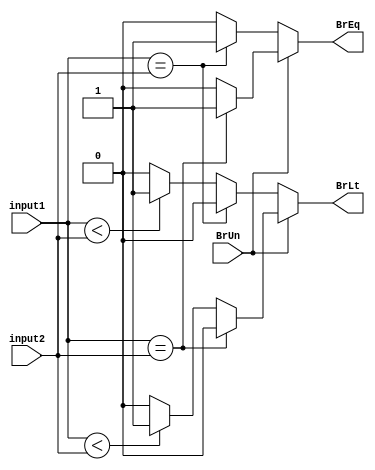
`timescale 1ns / 1ps
//////////////////////////////////////////////////////////////////////////////////
// Company: 
// Engineer: 
// 
// Design Name: 
// Module Name:    branch_comparator 
// Project Name: 
// Target Devices: 
// Tool versions: 
// Description: 
//
// Dependencies: 
//
// Revision: 
// Revision 0.01 - File Created
// Additional Comments: 
//
//////////////////////////////////////////////////////////////////////////////////
module branch_comparator(
    input [31:0] input1,
    input [31:0] input2,
    input BrUn,
    output reg BrLt,
    output reg BrEq
    );
always@(*)
begin
    if(BrUn==1)begin
       if(input1 == input2)begin
           BrEq = 1;
           BrLt = 0;
       end else if(input1 < input2)begin
           BrEq = 0;
           BrLt = 1;
       end else begin
           BrEq = 0;
           BrLt = 0;
       end 
    end else begin
       if($signed(input1) == $signed(input2))begin
           BrEq = 1;
           BrLt = 0;
       end else if($signed(input1) < $signed(input2))begin
           BrEq = 0;
           BrLt = 1;
       end else begin
           BrEq = 0;
           BrLt = 0;
       end 
    end
end

endmodule